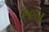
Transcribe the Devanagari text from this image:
९९न